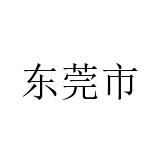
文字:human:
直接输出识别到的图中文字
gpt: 东莞市